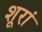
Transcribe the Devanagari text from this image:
शूरां